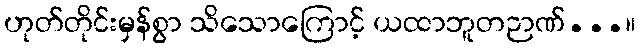
ဟုတ်တိုင်းမှန်စွာ သိသောကြောင့် ယထာဘူတဉာဏ်...။